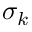
\sigma _ { k }